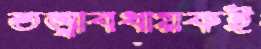
তত্ত্বাবধায়কই